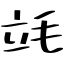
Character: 竓